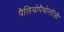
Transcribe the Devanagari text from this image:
पैलियोपैथोलॉजी